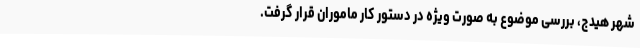
شهر هیدج، بررسی موضوع به صورت ویژه در دستور کار ماموران قرار گرفت.